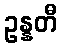
ဥန္နတီ